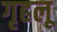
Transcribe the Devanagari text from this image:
गृहलू